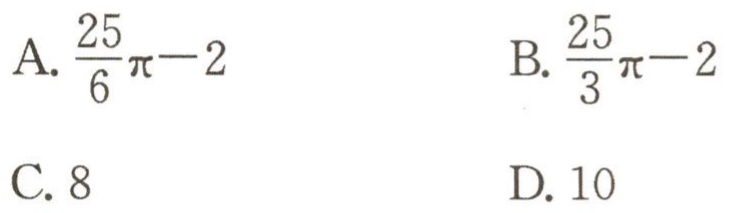
A. \(\frac{25}{6}\pi - 2\)

B. \(\frac{25}{3}\pi - 2\)

C. \(8\)

D. \(10\)